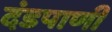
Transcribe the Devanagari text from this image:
दंडपाणी